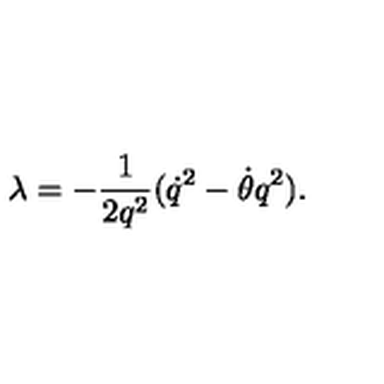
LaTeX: \lambda = - \frac { 1 } { 2 q ^ { 2 } } ( { \dot { q } } ^ { 2 } - \dot { \theta } q ^ { 2 } ) .